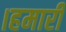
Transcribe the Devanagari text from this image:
।हमारी